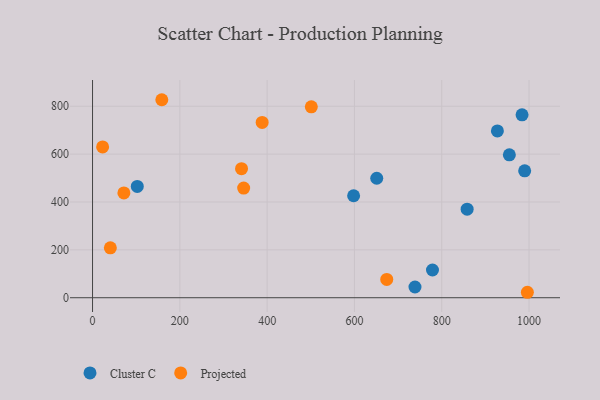
{"axis": {"x": "Study Hours", "y": "Yield"}, "legend": ["Cluster C", "Projected"], "data": [{"x": "990.0", "y": 530.3, "type": "Cluster C"}, {"x": "738.7", "y": 44.9, "type": "Cluster C"}, {"x": "778.8", "y": 115.8, "type": "Cluster C"}, {"x": "954.9", "y": 597.0, "type": "Cluster C"}, {"x": "927.5", "y": 696.9, "type": "Cluster C"}, {"x": "984.0", "y": 764.4, "type": "Cluster C"}, {"x": "651.1", "y": 499.3, "type": "Cluster C"}, {"x": "102.5", "y": 465.1, "type": "Cluster C"}, {"x": "598.1", "y": 426.1, "type": "Cluster C"}, {"x": "858.2", "y": 370.0, "type": "Cluster C"}, {"x": "388.6", "y": 732.4, "type": "Projected"}, {"x": "674.0", "y": 76.5, "type": "Projected"}, {"x": "23.1", "y": 630.2, "type": "Projected"}, {"x": "341.3", "y": 539.3, "type": "Projected"}, {"x": "501.2", "y": 797.7, "type": "Projected"}, {"x": "40.8", "y": 208.4, "type": "Projected"}, {"x": "71.8", "y": 437.9, "type": "Projected"}, {"x": "158.7", "y": 827.3, "type": "Projected"}, {"x": "996.2", "y": 22.8, "type": "Projected"}, {"x": "346.2", "y": 458.2, "type": "Projected"}]}